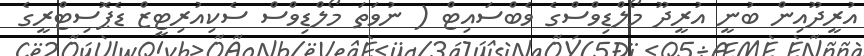
އުރީދޫއިން ބުނީ އުރީދޫ މޯލްޑިވްސްގެ ވެބްސައިޓް ( ނުވަތަ މޯލްޑިވްސް ސެކިއުރިޓީޒް ޑެޕޮސިޓްރީގެ